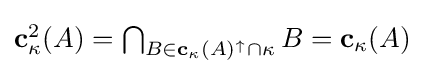
{\textstyle \mathbf {c} _{\kappa }^{2}(A)=\bigcap _{B\in \mathbf {c} _{\kappa }(A)^{\uparrow }\cap \kappa }B=\mathbf {c} _{\kappa }(A)}